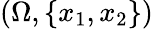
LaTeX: (\Omega,\{ x_{1},x_{2}\} )